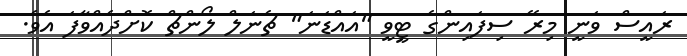
ރައީސް ވަނީ މިރޭ ސިފައިންގެ ޓީވީ "އައްޑަނަ" ޗެނަލް ލޯންޗް ކޮށްދެއްވާފަ އެވެ.